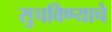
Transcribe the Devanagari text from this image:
सुचविण्याचे